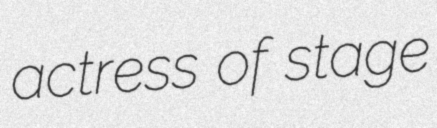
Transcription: actress of stage